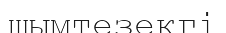
шымтезекгі